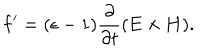
LaTeX: { \bf f } ^ { \prime } = ( \epsilon - 1 ) { \frac { \partial } { \partial t } } ( { \bf E \times H } ) .